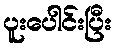
ပူးပေါင်းပြီး